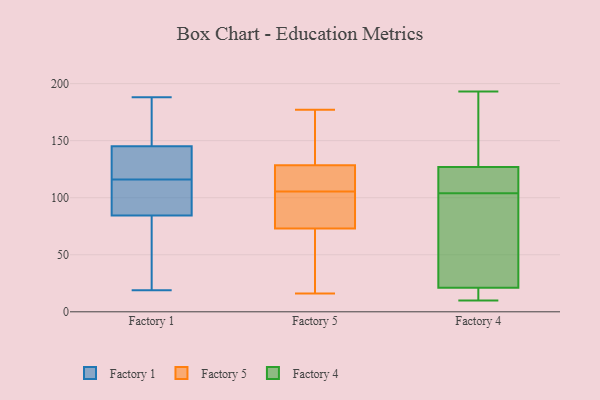
{"axis": {"x": "Bounce Rate (%)", "y": "Value"}, "legend": ["Factory 1", "Factory 4", "Factory 5"], "data": [{"x": "", "y": 188, "type": "Factory 1"}, {"x": "", "y": 171, "type": "Factory 1"}, {"x": "", "y": 133, "type": "Factory 1"}, {"x": "", "y": 81, "type": "Factory 1"}, {"x": "", "y": 149, "type": "Factory 1"}, {"x": "", "y": 128, "type": "Factory 1"}, {"x": "", "y": 116, "type": "Factory 1"}, {"x": "", "y": 110, "type": "Factory 1"}, {"x": "", "y": 68, "type": "Factory 1"}, {"x": "", "y": 95, "type": "Factory 1"}, {"x": "", "y": 19, "type": "Factory 1"}, {"x": "", "y": 128, "type": "Factory 5"}, {"x": "", "y": 16, "type": "Factory 5"}, {"x": "", "y": 73, "type": "Factory 5"}, {"x": "", "y": 83, "type": "Factory 5"}, {"x": "", "y": 177, "type": "Factory 5"}, {"x": "", "y": 98, "type": "Factory 5"}, {"x": "", "y": 104, "type": "Factory 5"}, {"x": "", "y": 57, "type": "Factory 5"}, {"x": "", "y": 129, "type": "Factory 5"}, {"x": "", "y": 114, "type": "Factory 5"}, {"x": "", "y": 143, "type": "Factory 5"}, {"x": "", "y": 107, "type": "Factory 5"}, {"x": "", "y": 71, "type": "Factory 5"}, {"x": "", "y": 154, "type": "Factory 5"}, {"x": "", "y": 117, "type": "Factory 5"}, {"x": "", "y": 73, "type": "Factory 5"}, {"x": "", "y": 118, "type": "Factory 4"}, {"x": "", "y": 133, "type": "Factory 4"}, {"x": "", "y": 25, "type": "Factory 4"}, {"x": "", "y": 10, "type": "Factory 4"}, {"x": "", "y": 55, "type": "Factory 4"}, {"x": "", "y": 17, "type": "Factory 4"}, {"x": "", "y": 99, "type": "Factory 4"}, {"x": "", "y": 21, "type": "Factory 4"}, {"x": "", "y": 179, "type": "Factory 4"}, {"x": "", "y": 127, "type": "Factory 4"}, {"x": "", "y": 15, "type": "Factory 4"}, {"x": "", "y": 109, "type": "Factory 4"}, {"x": "", "y": 163, "type": "Factory 4"}, {"x": "", "y": 18, "type": "Factory 4"}, {"x": "", "y": 75, "type": "Factory 4"}, {"x": "", "y": 193, "type": "Factory 4"}, {"x": "", "y": 116, "type": "Factory 4"}, {"x": "", "y": 127, "type": "Factory 4"}]}